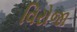
વિરોજા